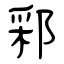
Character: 䣋